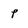
Character: P